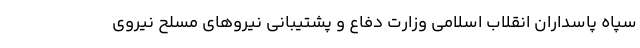
سپاه پاسداران انقلاب اسلامی وزارت دفاع و پشتیبانی نیروهای مسلح نیروی